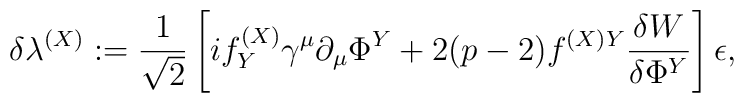
\delta \lambda^{(X)}:=\frac1{\sqrt{2}}\left[i f^{(X)}_Y \gamma^\mu \partial_\mu\Phi^Y+2(p-2)f^{(X)Y}\frac{\delta W}{\delta \Phi^Y} \right]\epsilon,